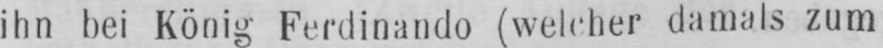
ihn bei König Ferdinande (welcher damals zum